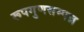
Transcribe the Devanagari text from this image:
रूपगुणसम्पन्न